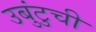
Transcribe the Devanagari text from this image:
उबुंटुची